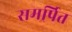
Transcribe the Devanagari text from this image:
समर्र्पित